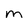
Character: m